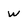
Character: W